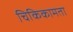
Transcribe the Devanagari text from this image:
चिकिकामता